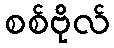
စစ်ဗိုလ်